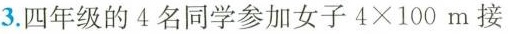
3.四年级的4名同学参加女子 $$4 × 100$$ m 接